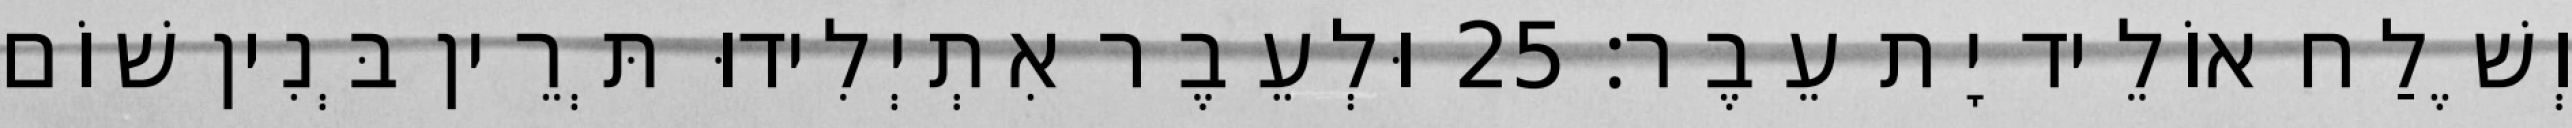
וְשֶׁלַח אוֹלֵיד יָת עֵבֶר׃ 25 וּלְעֵבֶר אִתְיְלִידוּ תְּרֵין בְּנִין שׁוֹם